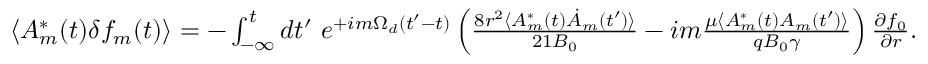
\begin{array} { r } { \langle A _ { m } ^ { * } ( t ) \delta f _ { m } ( t ) \rangle = - \int _ { - \infty } ^ { t } d t ^ { \prime } \ e ^ { + i m \Omega _ { d } ( t ^ { \prime } - t ) } \left( \frac { 8 r ^ { 2 } \langle A _ { m } ^ { * } ( t ) \dot { A } _ { m } ( t ^ { \prime } ) \rangle } { 2 1 B _ { 0 } } - i m \frac { \mu \langle A _ { m } ^ { * } ( t ) A _ { m } ( t ^ { \prime } ) \rangle } { q B _ { 0 } \gamma } \right) \frac { \partial f _ { 0 } } { \partial r } . } \end{array}